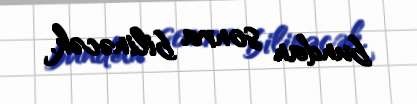
bundan sonra bilinəcək.